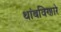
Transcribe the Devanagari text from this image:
थांबविणारे